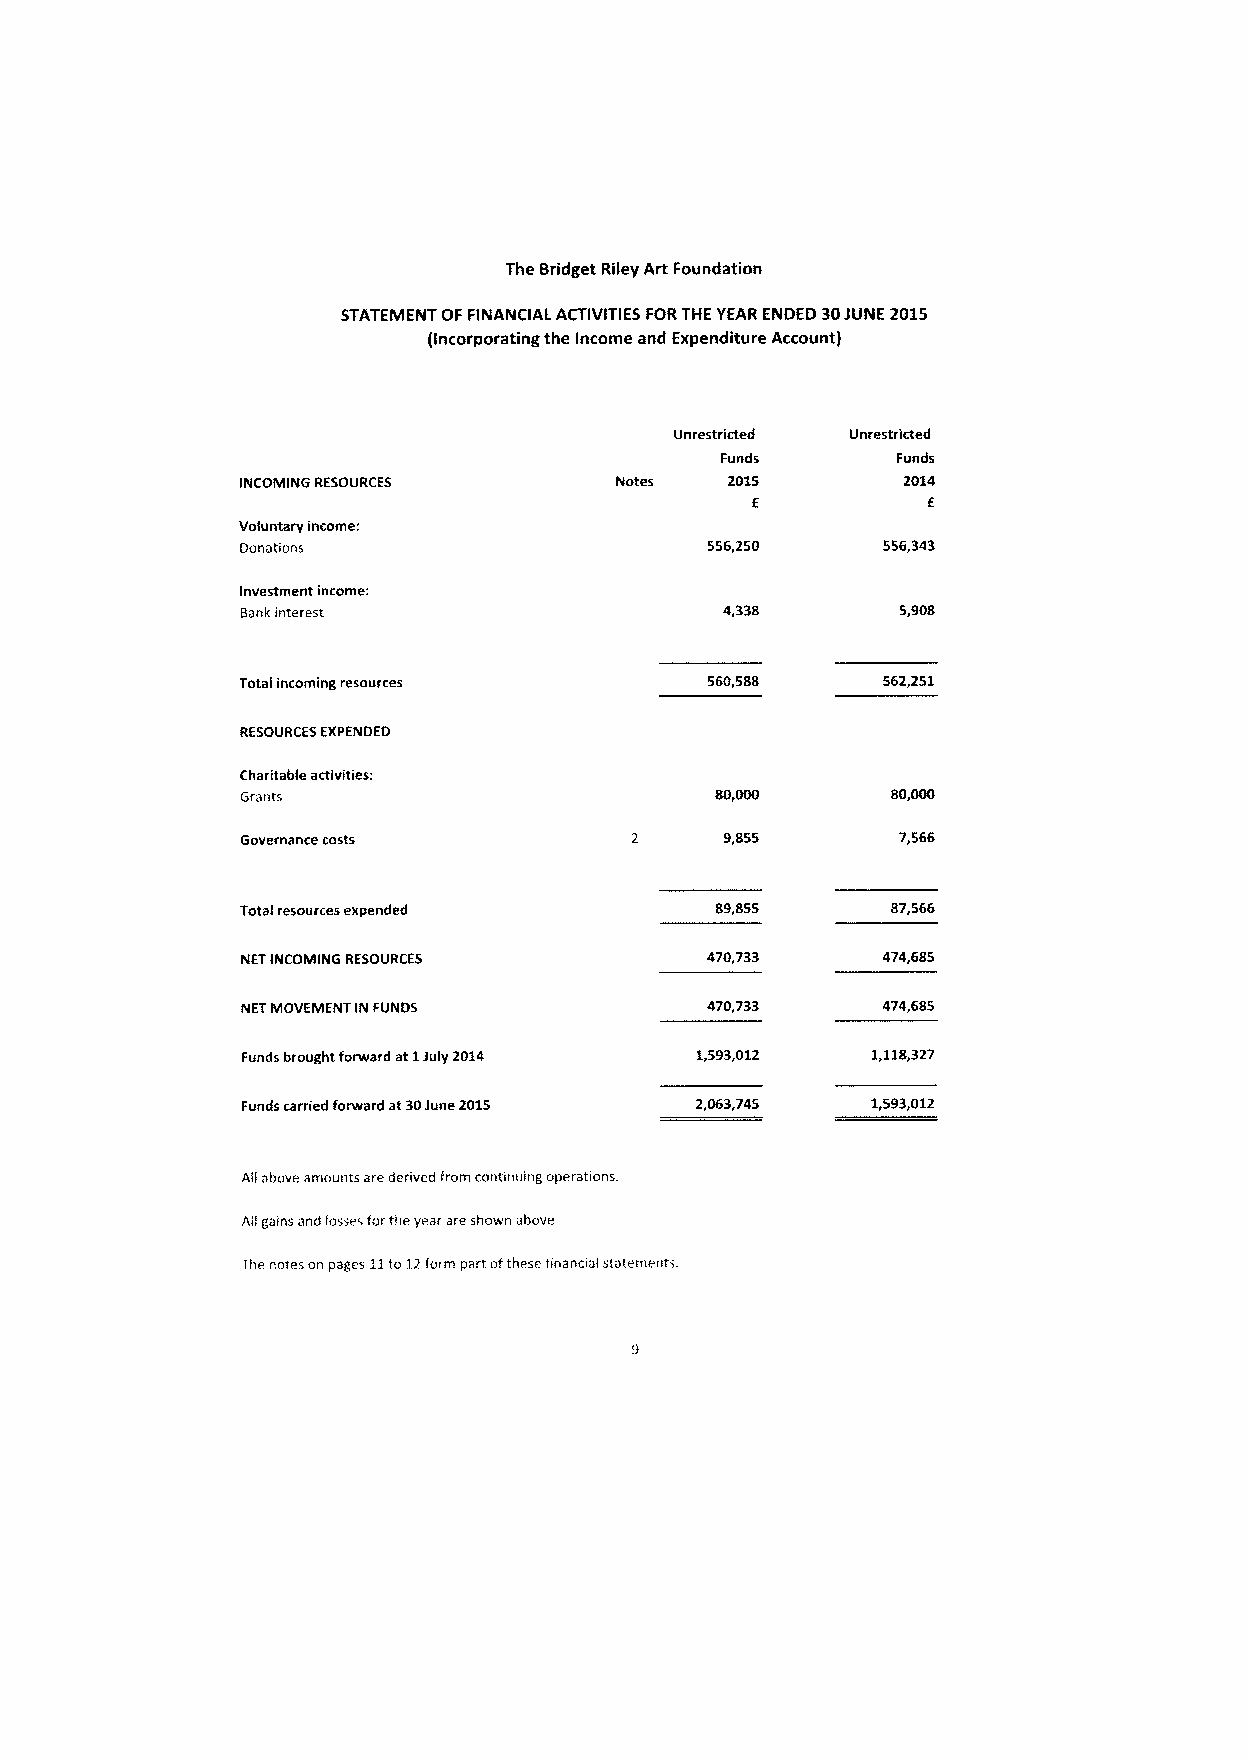
The Bridget Riley Art Foundation
 STATEMENT OF FINANCIAL ACTIVITIES FORTHE YEAR ENDED 30JUNE 2015
 (Incorporating the Income and Expenditure Account}
 Unrestricted Unrestricted
 Funds      Funds
 INCOMING RESOURCES       Notes  2015        2014
 E          E
 Voluntary income:
 Donations                      556,250    556,343
 Investment income:
 Bank interest                   4,338       5,908
 Total incoming resources       560,588    562,251
 RESOURCES EXPENDED
 Charitable activities:
 Grants                                     80,000
 Governance costs                9,855       7,566
 Total resources expended       89,855      87,566
 NETINCOMING RESOURCES          470,733    474,685
 NETIVIOVEMENT IN FUNDS         470,733    474,685
 Funds brought forward at1July 2014 1,593,012 1,118,327
 Funds carried forward at30June 2015 2,063,745 1,593,012
 All above amounts are derived from continuing operations.
 All gains and losses forthe year are shown above
 The notes on pages 11to12form part ofthese finanoal statements.